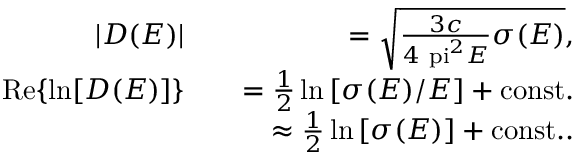
\begin{array} { r l r } { | D ( E ) | } & { } & { = \sqrt { \frac { 3 c } { 4 \mathrm { \ p i } ^ { 2 } E } \sigma ( E ) } , } \\ { \mathrm { R e } \{ \ln [ D ( E ) ] \} } & { } & { = \frac { 1 } { 2 } \ln \left[ \sigma ( E ) / E \right] + \mathrm { c o n s t . } } \\ & { } & { \approx \frac { 1 } { 2 } \ln \left[ \sigma ( E ) \right] + \mathrm { c o n s t . } . } \end{array}